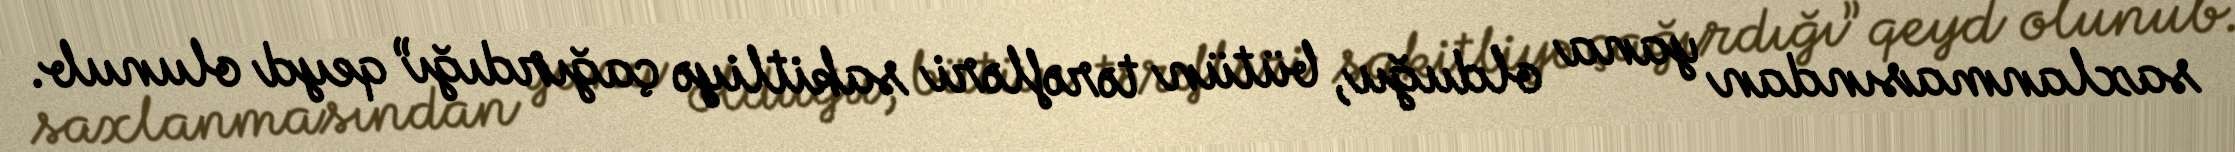
saxlanmasından yana olduğu, bütün tərəfləri sakitliyə çağırdığı” qeyd olunub.